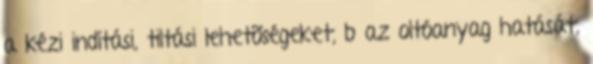
a kézi indítási, tiltási lehetõségeket, b az oltóanyag hatását,